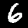
Label: 6